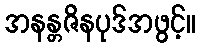
အနန္တဇိနပုဒ်အဖွင့်။